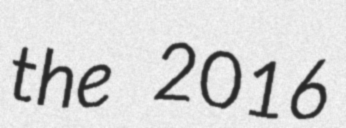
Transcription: the 2016